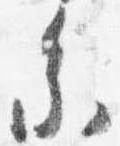
参